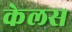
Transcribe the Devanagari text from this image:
केलस